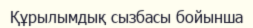
Құрылымдық сызбасы бойынша